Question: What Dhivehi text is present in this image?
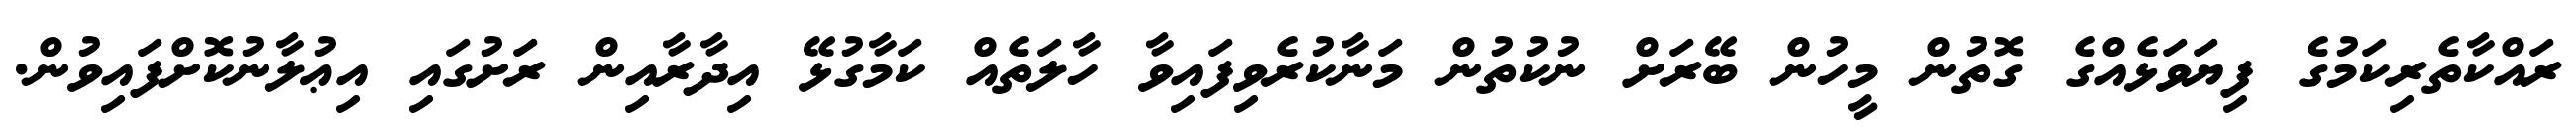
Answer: ރައްކާތެރިކަމުގެ ފިޔަވަޅެއްގެ ގޮތުން މީހުން ބޭރަށް ނުކުތުން މަނާކުރެވިފައިވާ ހާލަތެއް ކަމާގުޅޭ އިދާރާއިން ރަށުގައި އިޢުލާނުކޮށްފައިވުން.